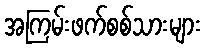
အကြမ်းဖက်စစ်သားများ